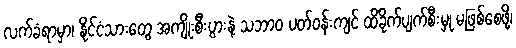
လက်ခံရာမှာ၊ နိုင်ငံသားတွေ အကျိုးစီးပွားနဲ့ သဘာ၀ ပတ်ဝန်းကျင် ထိခိုက်ပျက်စီးမှု မဖြစ်စေဖို့၊